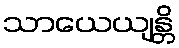
သာယေယျန္တိ